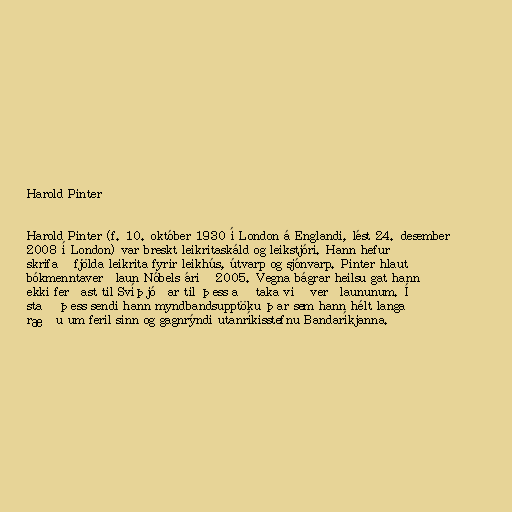
Harold Pinter

Harold Pinter (f. 10. október 1930 í London á Englandi, lést 24. desember
2008 í London) var breskt leikritaskáld og leikstjóri. Hann hefur
skrifað fjölda leikrita fyrir leikhús, útvarp og sjónvarp. Pinter hlaut
bókmenntaverðlaun Nóbels árið 2005. Vegna bágrar heilsu gat hann
ekki ferðast til Svíþjóðar til þess að taka við verðlaununum. Í
stað þess sendi hann myndbandsupptöku þar sem hann hélt langa
ræðu um feril sinn og gagnrýndi utanríkisstefnu Bandaríkjanna.